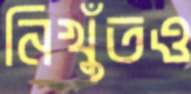
নিখুঁতও